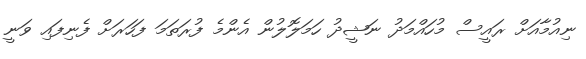
ނިއުމާއަށް ރައީސް މުހައްމަދު ނަޝީދު ހަމަލޮލުން އެންމެ ފުރަތަމަ ފަހަރަށް ފެނިފައި ވަނީ